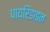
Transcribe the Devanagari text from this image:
पायरिडाइन